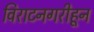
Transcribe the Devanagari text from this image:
विराटनगरीहून